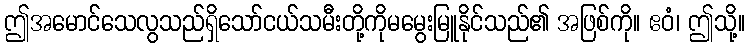
ဤအမောင်သေလွသည်ရှိသော်ငယ်သမီးတို့ကိုမမွေးမြူနိုင်သည်၏ အဖြစ်ကို။ ဧဝံ၊ ဤသို့။